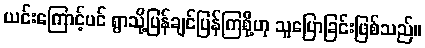
ယင်းကြောင့်ပင် ရွာသို့ပြန်ချင်ပြန်ကြစို့ဟု သူပြောခြင်းဖြစ်သည်။